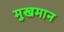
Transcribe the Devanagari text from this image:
मुखमान